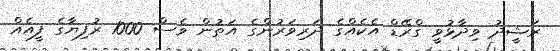
ރަޝީދު ވިދާޅުވީ ގްރޭޑް އެކެއްގެ ދަރިވަރުންގެ އަތުން ވެސް 1000 ރުފިޔާގެ ފީއެއް